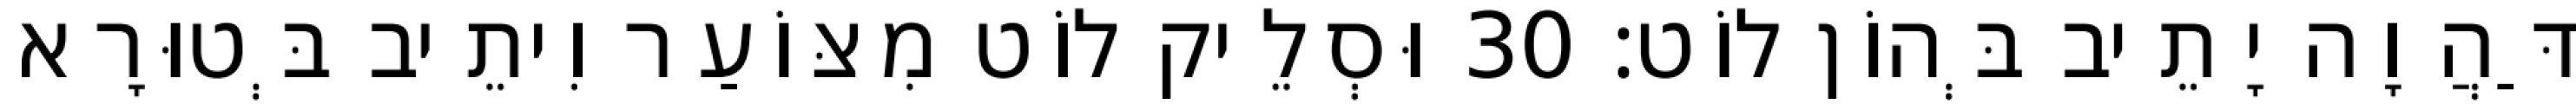
דַּהֲוָה יָתֵיב בְּהוֹן לוֹט׃ 30 וּסְלֵיק לוֹט מִצּוֹעַר וִיתֵיב בְּטוּרָא